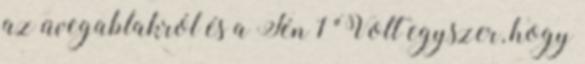
az üvegablakról és a Fén 1 "Volt egyszer, hogy